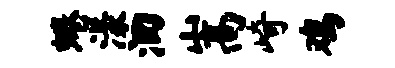
蜷漾洄嵩崎鸡